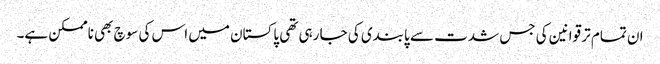
ان تمام تر قوانین کی جس شدت سے پابندی کی جا رہی تھی پاکستان میں اس کی سوچ بھی ناممکن ہے۔